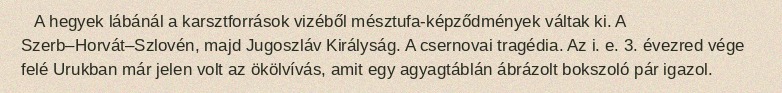
A hegyek lábánál a karsztforrások vizéből mésztufa-képződmények váltak ki. A Szerb–Horvát–Szlovén, majd Jugoszláv Királyság. A csernovai tragédia. Az i. e. 3. évezred vége felé Urukban már jelen volt az ökölvívás, amit egy agyagtáblán ábrázolt bokszoló pár igazol.